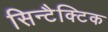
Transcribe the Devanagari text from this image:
सिन्टैक्टिक